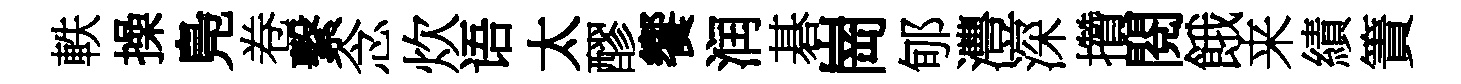
軼操鳬卷繫念炊语太醪饗润碁崗郇灃深攢閱餓来績簀